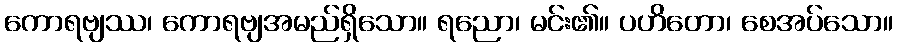
ကောရဗျဿ၊ ကောရဗျအမည်ရှိသော။ ရညော၊ မင်း၏။ ပဟိတော၊ စေအပ်သော။